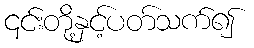
၎င်းတို့နှင့်ပတ်သက်၍